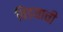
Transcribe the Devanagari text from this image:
विडयाची